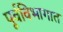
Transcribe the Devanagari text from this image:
पूर्वविभागात